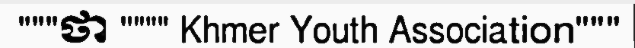
"""ថា """" Khmer Youth Association"""